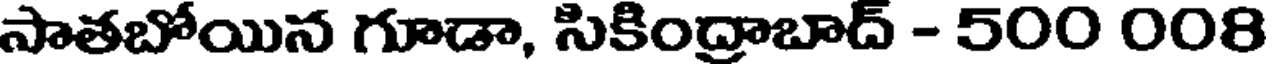
సాతబోయిన గూడా, సికింద్రాబాద్ - 500 008